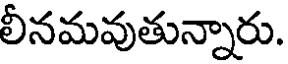
లీనమవుతున్నారు.